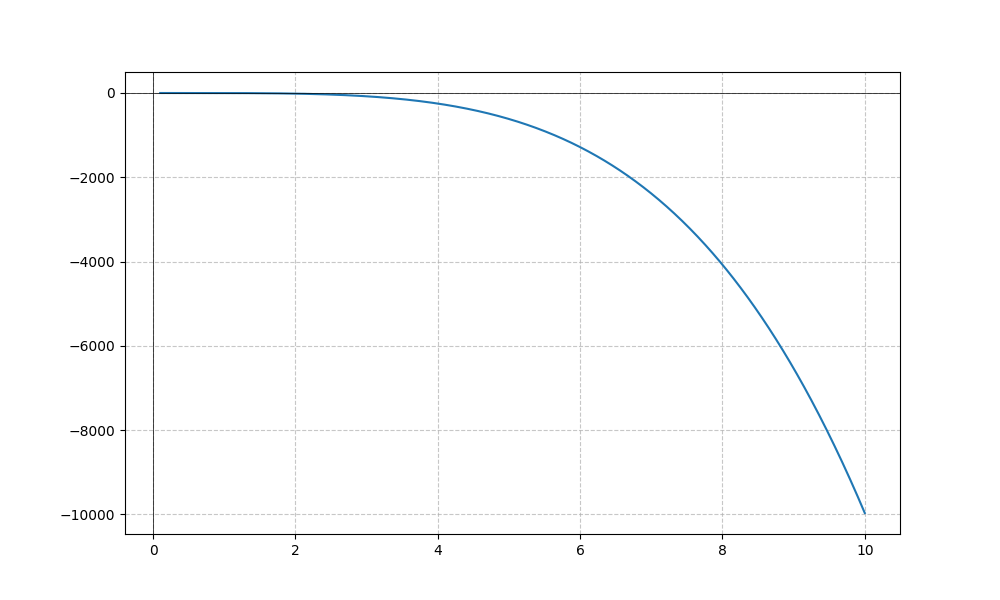
LaTeX formula: - x^{5} \operatorname{acot}{\left(x \right)}